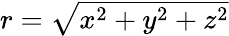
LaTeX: \textstyle r={\sqrt{x^{2}+y^{2}+z^{2}}}